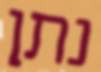
נתן